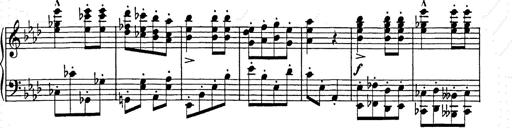
Title: Hungarian Rhapsody No.9
Composer: Franz Liszt
Key: E-flat major